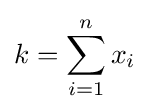
k=\sum _{i=1}^{n}x_{i}